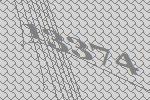
13374